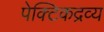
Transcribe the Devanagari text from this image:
पेक्टिकद्रव्य